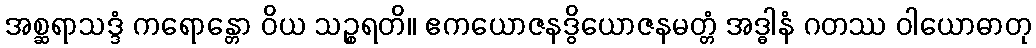
အစ္ဆရာသဒ္ဒံ ကရောန္တော ဝိယ သဉ္စရတိ။ ဧကယောဇနဒွိယောဇနမတ္တံ အဒ္ဓါနံ ဂတဿ ဝါယောဓာတု